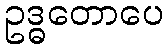
ဥဒ္ဓတောပေ